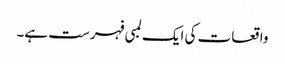
واقعات کی ایک لمبی فہرست ہے۔